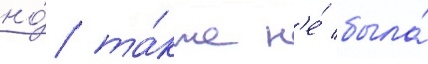
но́ та́кже н'е́ была́